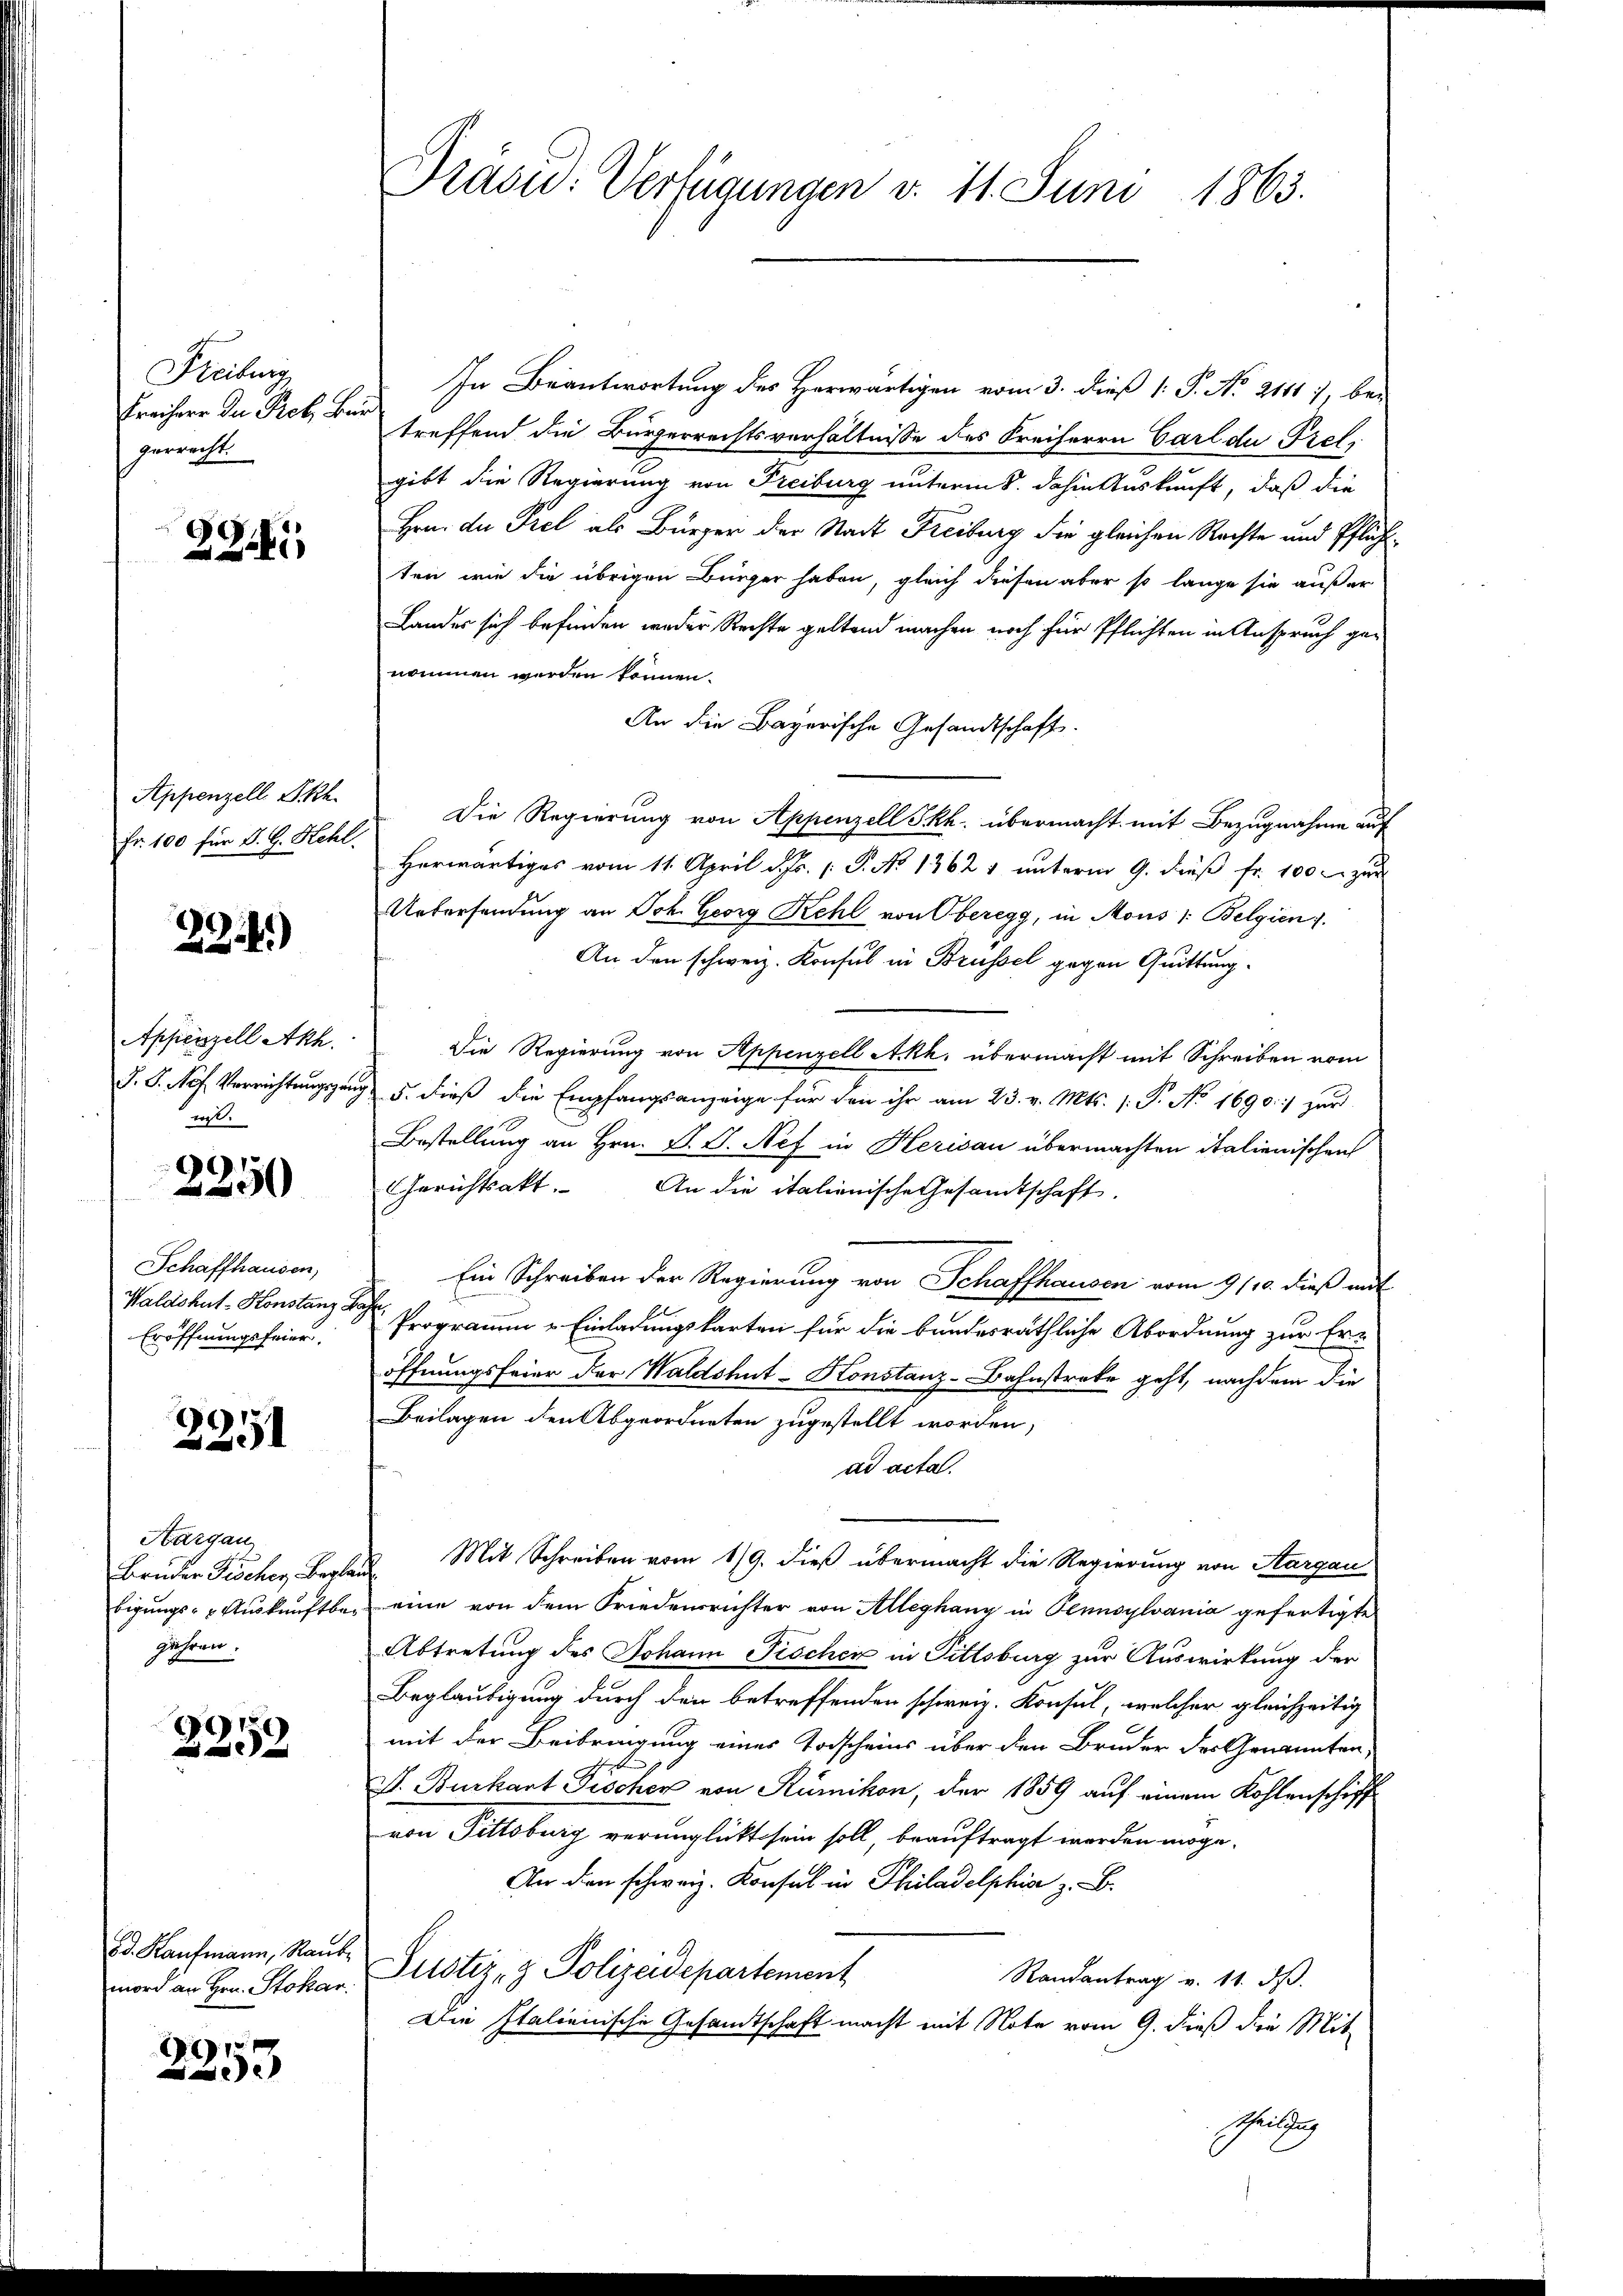
Freiburg,
Freiherr du Prof. Be.
gerrecht.

29.1

Appenzell Sch
Fr. 100 für d. G. Hehl.

294)

Appenzell Akh.
J. P. Nof. Verrichtungszu
ii.

2250

Schaffhausen,
Waldshut-Konstanz
Eröffnungsfeier.

2251

Hargau,
Bruder Fischer Begla
bigungs- & Auskunftbejähren.

2252

Ed. Kaufmann, Raub
mord an Hrn. Stokar.

9
e

Drasu: Verfügungen v. 11. Juni 1863.

In Beantwortung des Herwärtigen vom 3. dieß (: P. No. 2111 7, bei
treffend die Bürgerrechtsverhältnisse des Freiherrn Carl der Prels
gibt die Regierung von Freiburg unterm 8. dahin Auskunft, daß die
Hrn. du Prel als Bürger der Stadt Freiburg die gleichen Rechte und Pflichten wie die übrigen Bürger haben, gleich diesen aber so lange sie außer
Landes sich befinden weder Rechte geltend machen noch für Pflichten in Anspruch ge-
nommen werden können.
An die Bayerische Gesandtschaft.
Die Regierung von Appenzell Skh. übermacht mit Bezugnahme auf
Herwärtiges vom 11. April d. Js. [ P. No 13621 unterm 9. dieß fr. 100 zur
Untersendung an Joh. Georg Kehl von Oberegg, in Mous /: Belgien).
An den schweiz. Konsul in Brüssel gegen Quittung¬
Die Regierung von Appenzell Ackh, übermacht mit Schreiben vom
5. dieß die Empfangsanzeige für den ihr am 23. v. Mts. (: P. No 1690.:/ zur
Bestellung an Hrn. P. V. Nef in Herisau übermachten italienischen
Gerichtsakt. An die italienische Gesamtschaft.
Ein Schreiben der Regierung von Schaffhausen vom 9/10. dieß mit
Programm „Einladungskarten für die bundesräthliche Abordnung zur Er-
öffnungsfeier der Waldshut-Konstanz-Bahnstreke geht, nachdem die
Beilagen den Abgeordneten zugestellt worden,
ad acta.
Mit Schreiben vom 19. dieß übermacht die Regierung von Aargau
eine von dem Friedensrichter von Alleghang in Pennsylvania gefertigte
Abtretung des Johann Pischer in Pittsburg zur Auswirkung der
Beglaubigung durch den betreffenden schweiz. Konsul, welcher gleichzeitig
mit der Beibringung eines Todscheins über den Bruder des Genannten,
V. Burkart Fischer von Rümikon, der 1859 auf einem Kohlenschiff
von Pittsburg verunglickt sein soll, beauftragt worden möge.
An den schweiz. Konsul in Philadelphiae z. B.
Justiz- & Polizeidepartement
Randantrag v. 11. ds.
Die Italienische Gesandtschaft macht mit Note vom 9. dieß die Mit-
Theilung